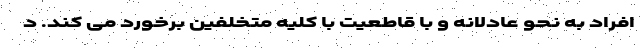
افراد به نحو عادلانه و با قاطعیت با کلیه متخلفین برخورد می کند. د